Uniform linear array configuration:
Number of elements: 16
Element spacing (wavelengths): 0.75
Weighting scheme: binomial
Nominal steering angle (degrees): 0
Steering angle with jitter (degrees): -0.05756
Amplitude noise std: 0.05
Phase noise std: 0.05

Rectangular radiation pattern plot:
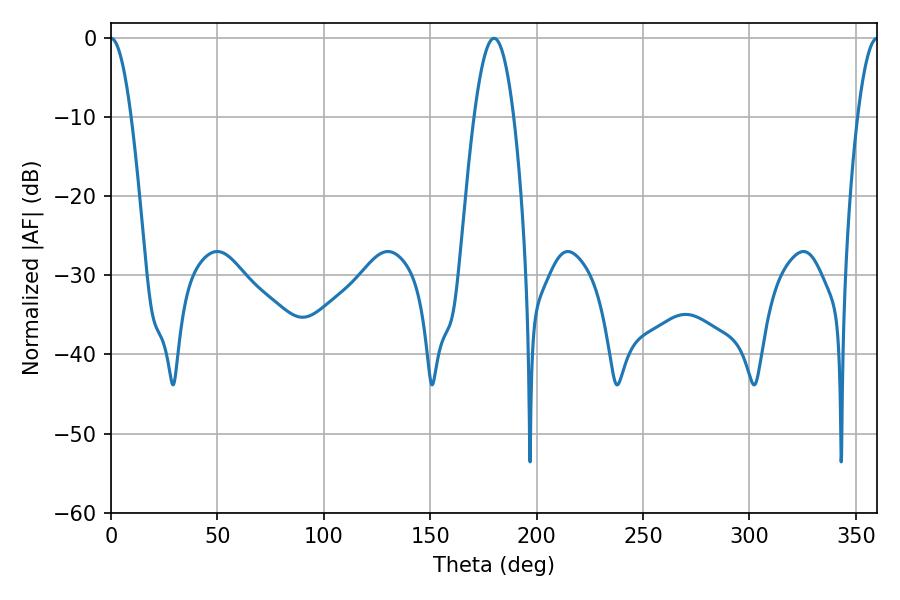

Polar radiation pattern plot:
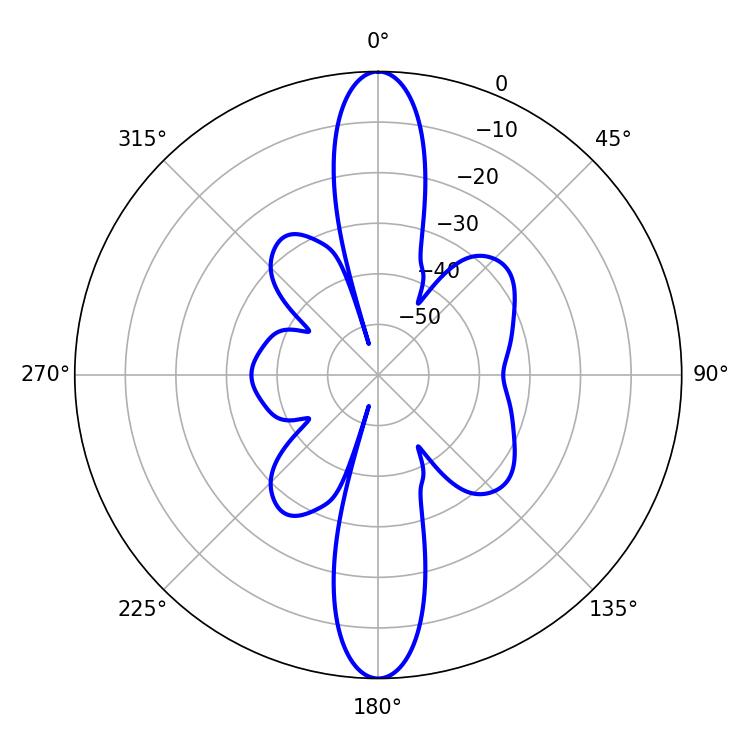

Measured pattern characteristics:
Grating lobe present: TRUE
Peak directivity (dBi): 32.178
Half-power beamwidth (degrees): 5.04
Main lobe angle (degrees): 0